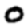
Digit: 0